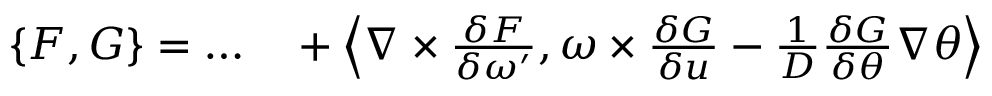
\begin{array} { r l } { \{ F , G \} = \ldots } & { { } + \left\langle \nabla \times \frac { \delta F } { \delta \omega ^ { \prime } } , \omega \times \frac { \delta G } { \delta u } - \frac { 1 } { D } \frac { \delta G } { \delta \theta } \nabla \theta \right\rangle } \end{array}